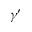
\gamma ^ { \prime }